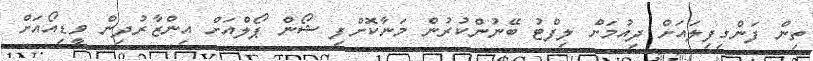
ތިން ފަންގިފިލައަށް ދިއުމަށް ލިފްޓު ބޭނުންކުރުން މަނާކޮށްފި ޝޯން ޕޯލްއަށް އިންޒާރުދިން ވީޑިއޯއަށް